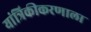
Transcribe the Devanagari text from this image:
यांत्रिकीकरणाला